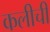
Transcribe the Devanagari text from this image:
कलीची